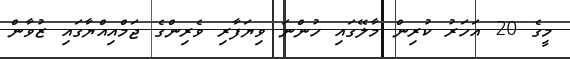
މީގެ 20 އަހަރު ކުރިން މާލޭގައި ހުންނަ ވިޔަފާރި ވެރިންގެ ޖަމްއިއްޔާގައި ޒުވާން